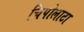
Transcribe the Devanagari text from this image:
चिपोलाटा